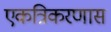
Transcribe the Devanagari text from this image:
एकत्रिकरणास